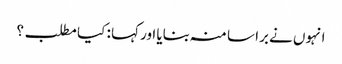
انہوں نے برا سا منہ بنایا اور کہا : کیا مطلب ؟